Leaving Certificate Examination, 1919
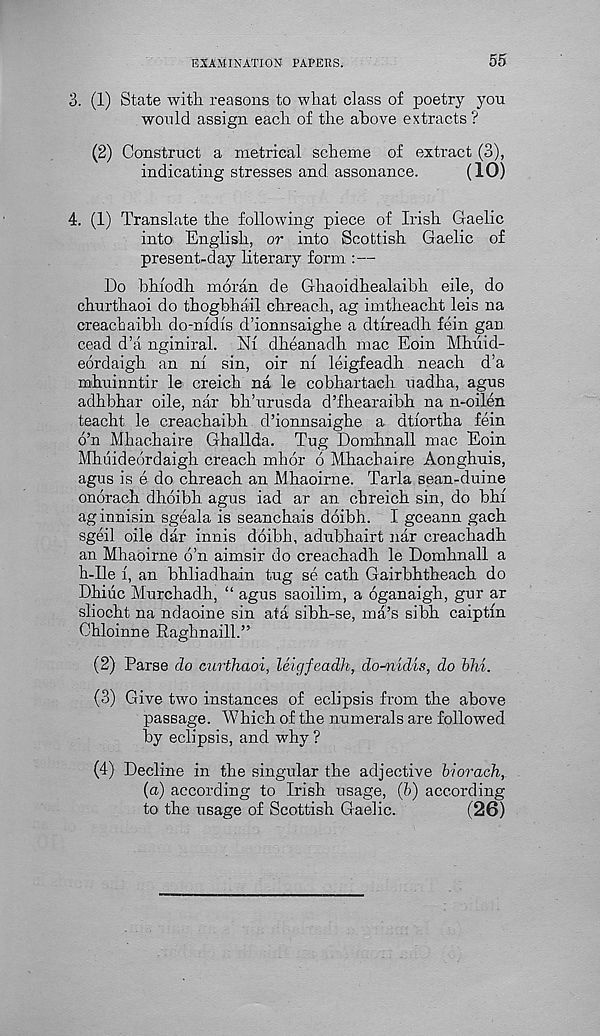
EXAMINATION PAPERS.
55
3. (1) State with reasons to what class of poetry yon
would assign each of the above extracts ?
(2) Construct a metrical scheme of extract (3),
indicating stresses and assonance.
(10)
4. (1) Translate the following piece of Irish Gaelic
into English, or into Scottish Gaelic of
present-day literary form :—
Do bhfodh moran de Ghaoidhealaibh eile, do
churthaoi do thogbhail chreach, ag imtheacht leis na
creachaibh do-nidis d’ionnsaighe a dtfreadh fein gan
cead d’a nginiral. blf dheanadh mac Eoin Mhdid-
eordaigh an nf sin, oir m leigfeadh neach d’a
mhninntir le creich na le cobhartach uadha, agus
adhbhar oile, nar bh’nrusda d’fhearaibh na n-oilen
teacht le creachaibh d’ionnsaighe a dtfortha fein
6’n Mhachaire Ghallda. Tug Domhnall mac Eoin
fflhuideordaigh creach mhor 6 Mhachaire Aonghuis,
agus is e do chreach an Mhaoirne. Tarla sean-duine
onorach dhoibh agus iad ar an chreich sin, do bln
aginnisin sgeala is seanchais doibh. I gceann gach
sgeil oile dar innis doibh, adubhairt nar creachadh
an Mhaoirne 6’n aimsir do creachadh le Domhnall a
h-Ile f, an bhliadhain tug se cath Gairbhtheach do
Dhiiic Murchadh, “ agus saoilim, a oganaigh, gur ar
sliocht na ndaoine sin ata sibh-se, ma’s sibh caiptfn
Chloinne Raghnaill.”
(2) Parse do curthaoi, leigfeadh, do-nidis, do bhi.
(3) Give two instances of eclipsis from the above
passage. 'Which of the numerals are followed
by eclipsis, and why ?
(4) Decline in the singular the adjective hi orach,
(a) according to Irish usage, (b) according
to the usage of Scottish Gaelic.
(26)